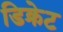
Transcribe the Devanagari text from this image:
डिक्रेट